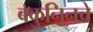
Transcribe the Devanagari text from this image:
बकुनिनचे